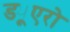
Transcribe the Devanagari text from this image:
ड्यूएरो